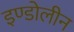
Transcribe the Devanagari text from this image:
इण्डोलीन